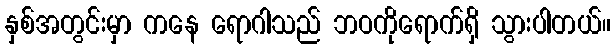
နှစ်အတွင်းမှာ ကနေ ရောဂါသည် ဘဝကိုရောက်ရှိ သွားပါတယ်။